Black-water fever - Number 35
Disease focus: Fever
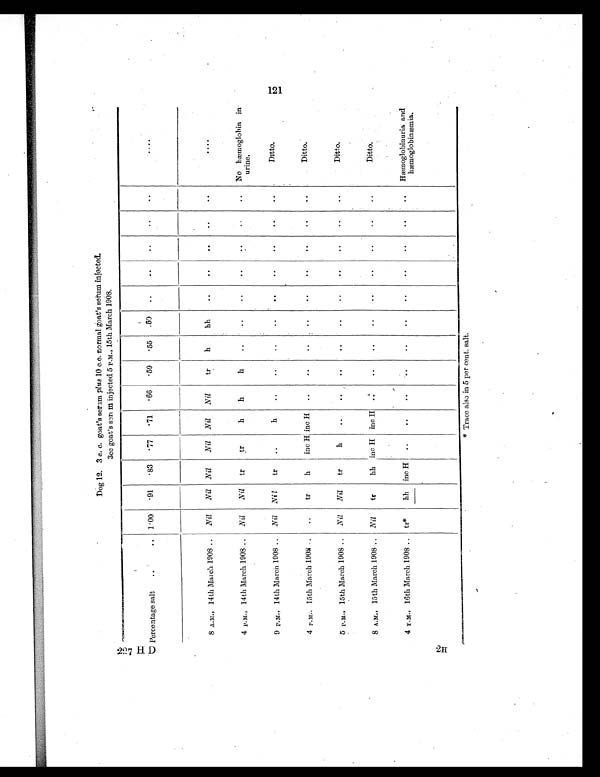
227 H D
2H
Dog 12. 3 c. c. goat's serum plus 10 c.c. normal goat's serum injected.
3cc goat's serum injected 5 P.M., 15th March 1908.
Percentage salt
..
.. 1.00
.91
.83
. 7 7 .71
.66
. 5 9
. 5 5 .50
..
..
..
..
..
....
8 A.M., 14th March 1908 ..
Nil
Nil Nil
Nil Nil
Nil
tr
h
hh
. .
. .
. .
..
..
....
4 P.M., 14th March 1908 .. Nil
Nil
tr
tr
h
h
h
..
..
..
..
..
. .
. .
No hæmoglobin in
urine.
9 P.M., 14th March 1908 .. Nil Nil
tr
..
h
. .
. .
. .
. .
. .
. .
. .
. .
..
Ditto.
4 P.M., 15th March 1908 . . ..
tr
h
inc H inc H ..
..
. .
. .
. .
. .
. .
..
..
Ditto.
5 P.M., 15th March 1908 .. Nil
Nil
tr
h
..
..
. .
. . ..
..
..
..
..
..
Ditto.
8 A.M., 15th March 1908 .. Nil
tr
hh inc H inc H ..
. .
. .
. .
. .
. .
..
..
..
Ditto.
4 P.M., 16th March 1908 .. tr*
hh inc H ..
. .
. .
..
. . ..
. .
..
..
..
..
Hæmoglobinuria and
hæmoglobinæmia.
* Trace also in 5 per cent. salt.
1 2 1